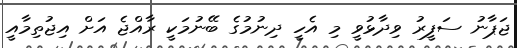
ޖަޕާނު ސަފީރު ވިދާޅުވީ މި އެހީ ދިނުމުގެ ބޭނުމަކީ ރާއްޖެ އަށް އިޖުތިމާއީ